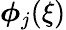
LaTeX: \boldsymbol{\phi}_{j}(\xi)